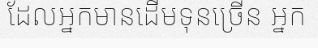
ដែលអ្នកមានដើមទុនច្រើន អ្នក